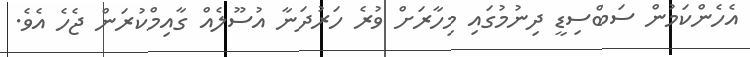
އެހެންކަމުން ސަބްސިޑީ ދިނުމުގައި މިހާރަށް ވުރެ ހަރުދަނާ އުސޫލެއް ގާއިމްކުރަން ޖެހެ އެވެ.